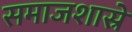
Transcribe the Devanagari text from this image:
समाजशास्रे